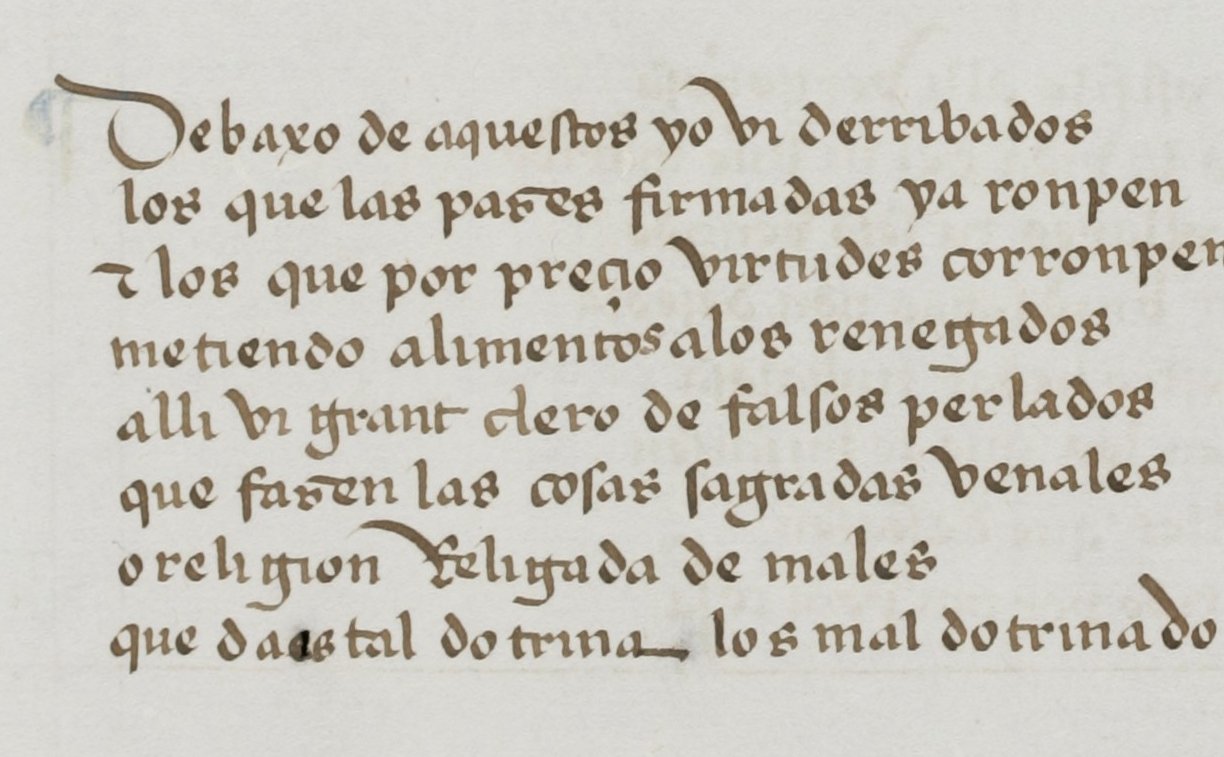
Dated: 1455–1485